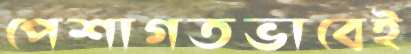
পেশাগতভাবেই